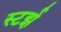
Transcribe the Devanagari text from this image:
स्टर्झ